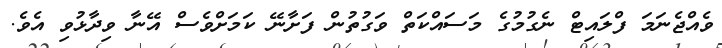
ވެއްޖެނަމަ ފްލައިޓް ނެގުމުގެ މަސައްކަތް ވަގުތުން ފަށާނޭ ކަަމަށްވެސް އޭނާ ވިދާޅުވި އެވެ.